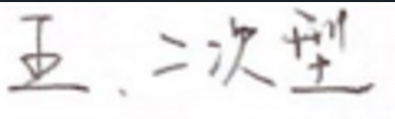
五、二次型